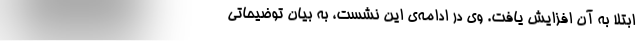
ابتلا به آن افزایش یافت. وی در ادامه‌ی این نشست، به بیان توضیحاتی